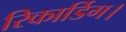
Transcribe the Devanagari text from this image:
रिकार्डिग।